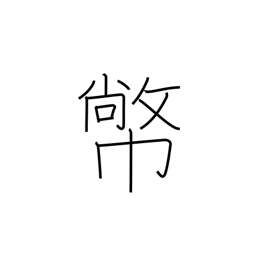
Meaning: Shinto zigzag paper offerings